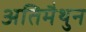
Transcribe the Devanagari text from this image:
अतिमैथुन